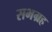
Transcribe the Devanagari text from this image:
सभग्रह